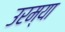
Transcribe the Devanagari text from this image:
उरम्या